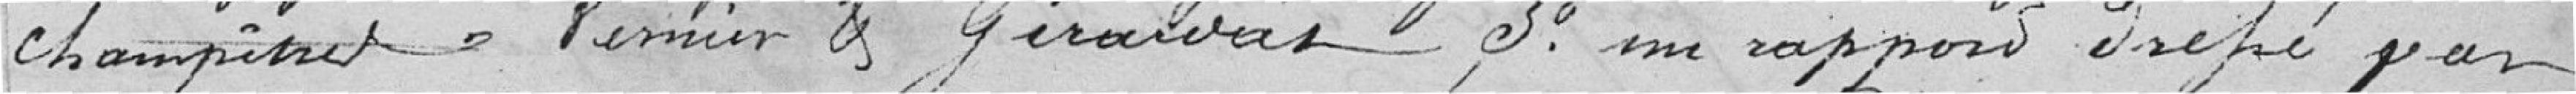
champêtres Vernier et Girardot ; 3° un rapport dressé par